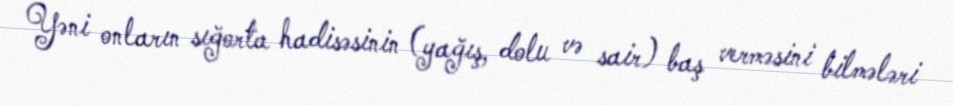
Yəni onların sığorta hadisəsinin (yağış, dolu və sair) baş verməsini bilmələri